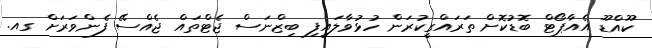
ކޫއްޑޫ އެއާޕޯޓް ބޮޑުކޮށް ތަރައްގީކުރަން ހުޅުވާލައިފި ބިޒްނަސް ޖެޓްތައް ޖެއްސޭ ފެންވަރަށް ގއ.